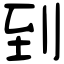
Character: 到